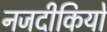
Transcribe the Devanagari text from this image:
नजदीकियों